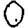
Digit: 0